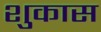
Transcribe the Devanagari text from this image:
शुकास